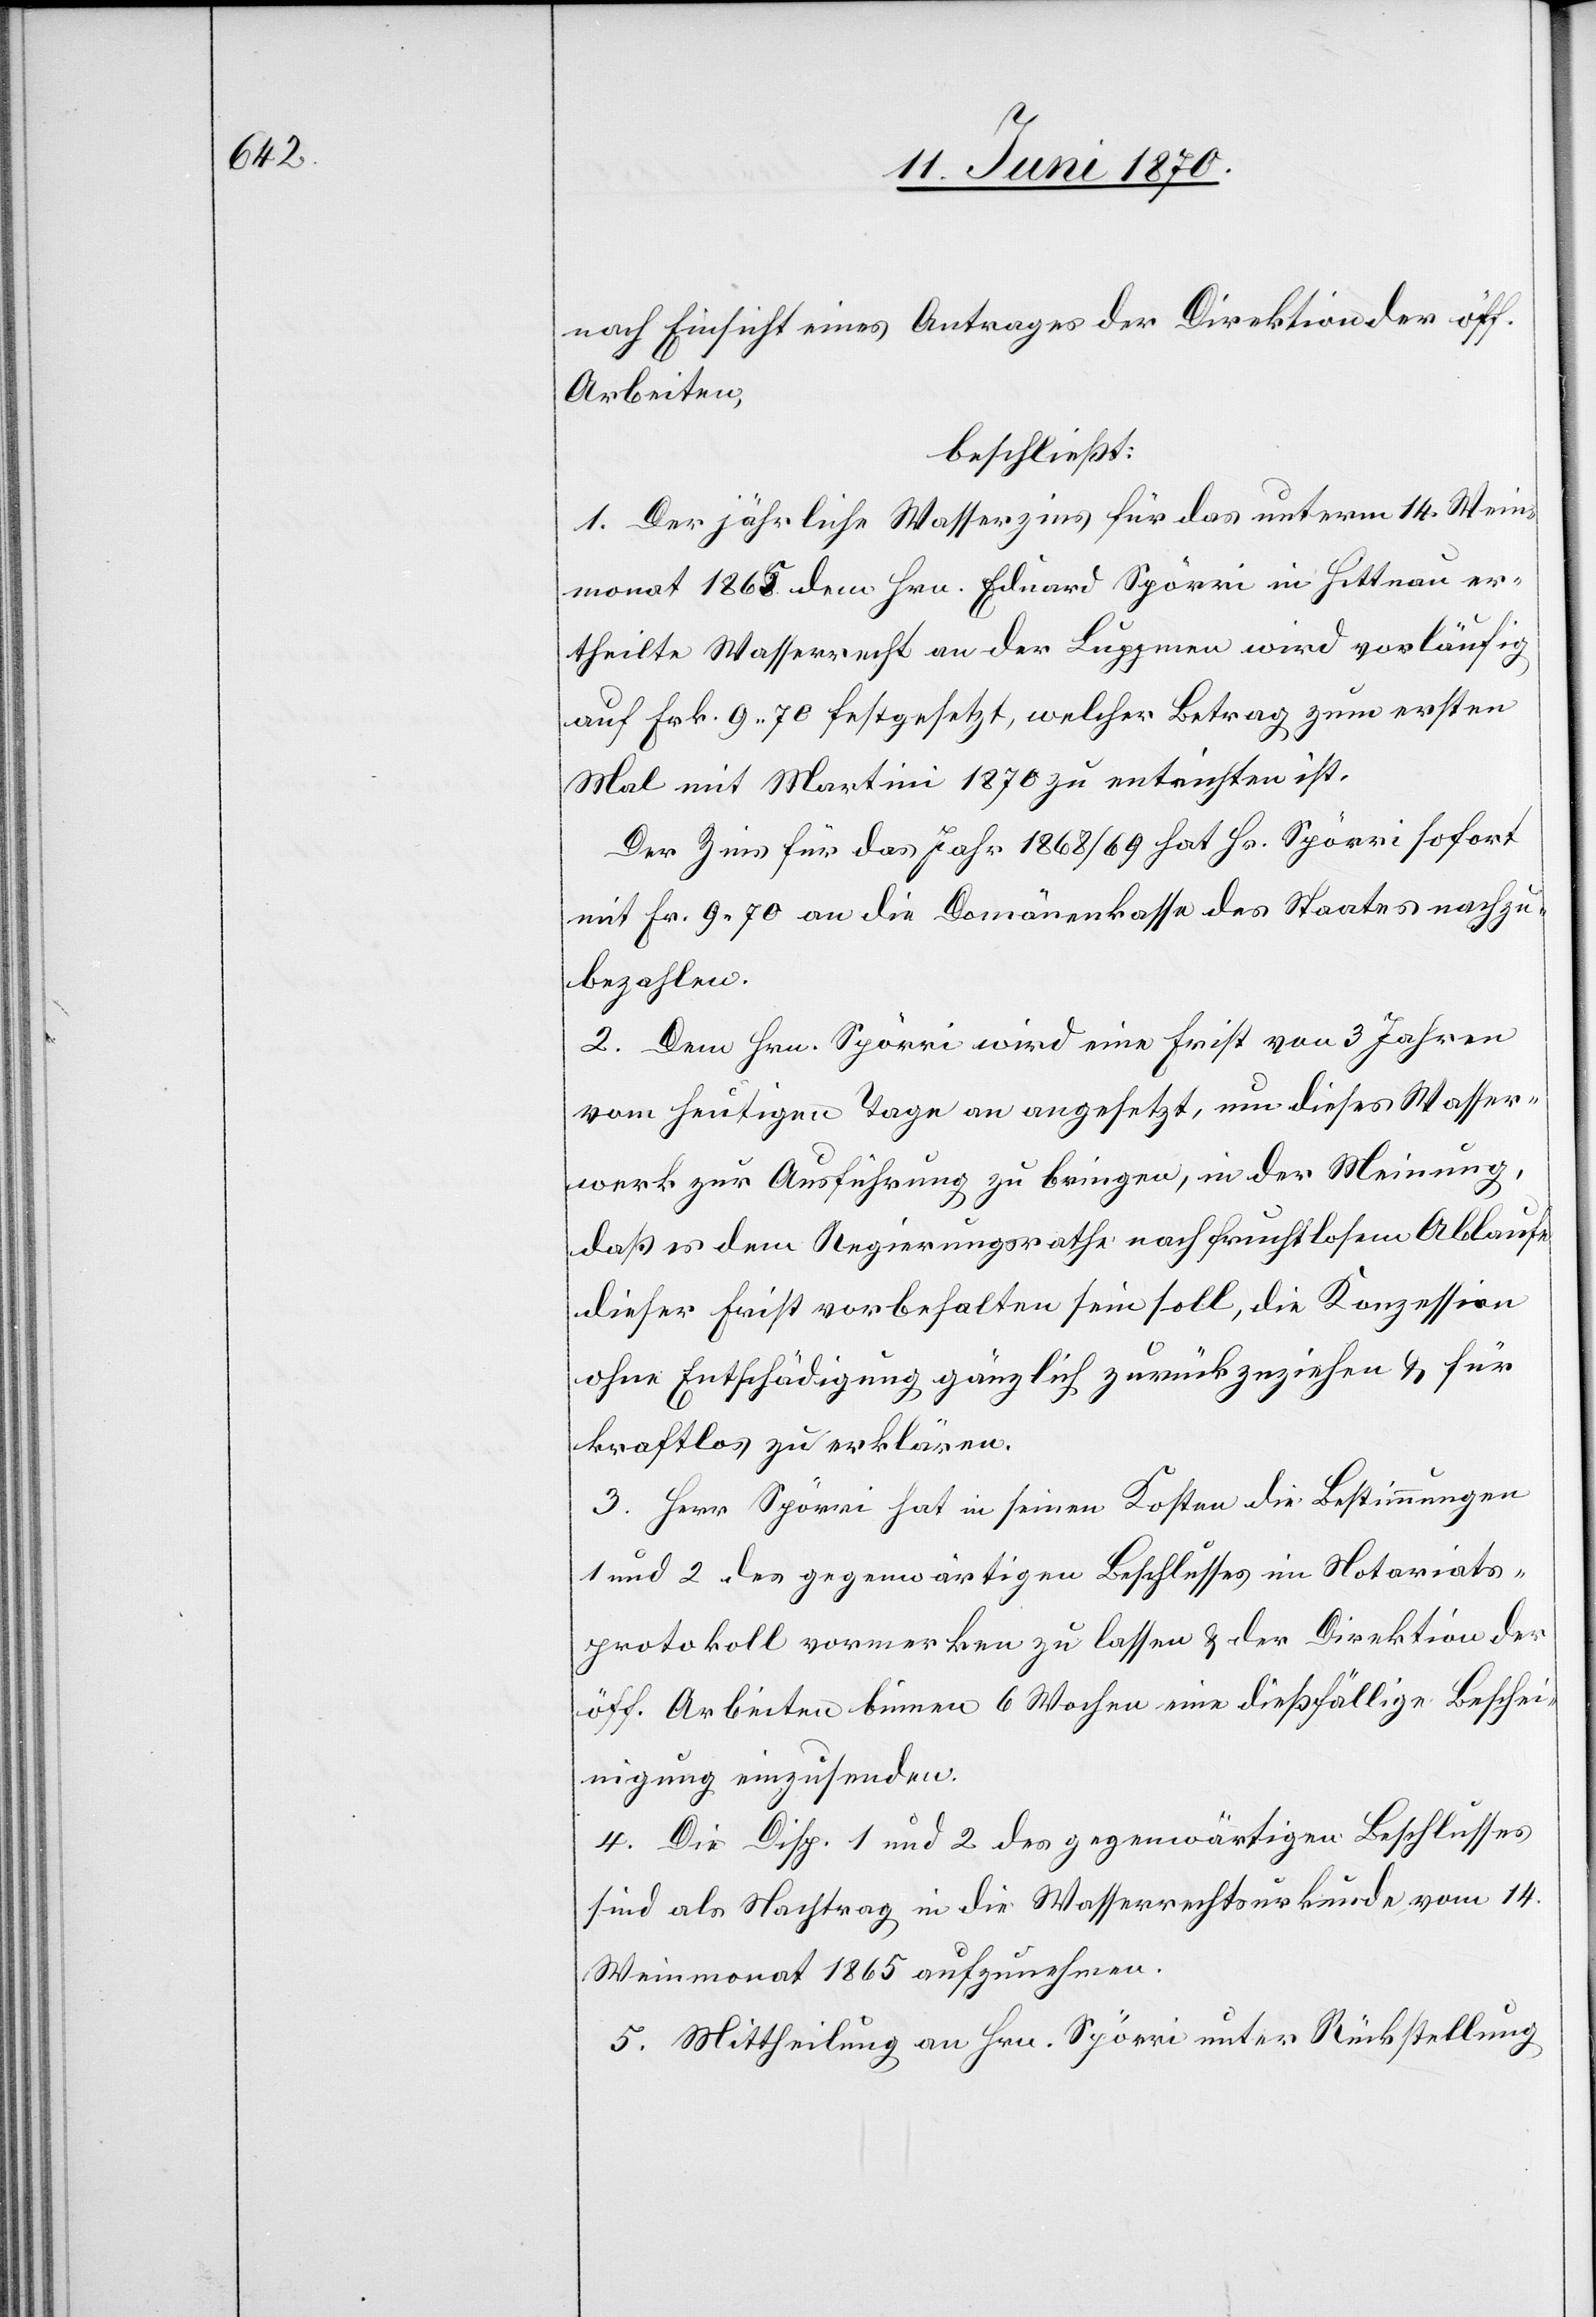
nach Einsicht eines Antrages der Direktion der öff.
Arbeiten,
beschließt:
1. Der jährliche Wasserzins für das unterm 14. Wein¬
monat 1865 dem Hrn. Eduard Spörri in Hittnau er¬
theilte Wasserrecht an der Luppmen wird vorläufig
auf Frk. 9.70 festgesetzt, welcher Betrag zum ersten
Mal mit Martini 1870 zu entrichten ist.
Der Zins für das Jahr 1868/69 hat Hr. Spörri sofort
mit Fr. 9.70 an die Domänenkasse des Staates nachzu¬
bezahlen.
2. Dem Hrn. Spörri wird eine Frist von 3 Jahren
vom heutigen Tage an angesetzt, um dieses Wasser¬
werk zur Ausführung zu bringen, in der Meinung,
daß es dem Regierungsrathe nach fruchtlosem Ablaufe
dieser Frist vorbehalten sein soll, die Konzession
ohne Entschädigung gänzlich zurückzuziehen & für
kraftlos zu erklären.
3. Herr Spörri hat in seinen Kosten die Bestimmungen
1 und 2 des gegenwärtigen Beschlusses im Notariats¬
protokoll vormerken zu lassen & der Direktion der
öff. Arbeiten binnen 6 Wochen eine dießfällige Beschei¬
nigung einzusenden.
4. Die Disp. 1 und 2 des gegenwärtigen Beschlusses
sind als Nachtrag in die Wasserrechtsurkunde vom 14.
Weinmonat 1865 aufzunehmen.
5. Mittheilung an Hrn. Spörri unter Rückstellung